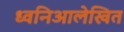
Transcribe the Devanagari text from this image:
ध्वनिआलेखित